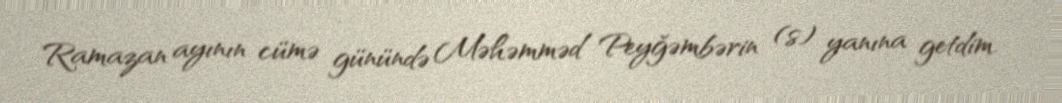
Ramazan ayının cümə günündə Məhəmməd Peyğəmbərin (s) yanına getdim.